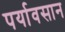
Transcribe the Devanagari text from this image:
पर्यावसान